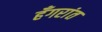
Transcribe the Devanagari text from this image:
हँगरांत